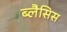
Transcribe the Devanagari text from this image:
ब्लैसिस